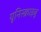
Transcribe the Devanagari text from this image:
यूनिस्क्राइबू